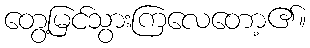
တွေ့မြင်သွားကြလေတော့၏။